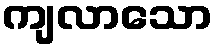
ကျလာသော